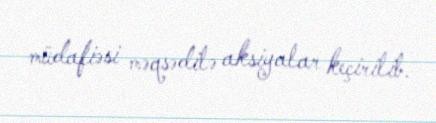
müdafiəsi məqsədilə aksiyalar keçirilib.